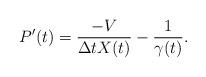
LaTeX: \begin{align*}P'(t)=\frac{-V}{\Delta t X(t)}-\frac{1}{\gamma(t)}.\end{align*}